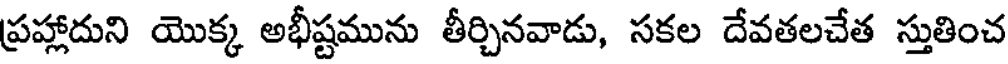
ప్రహ్లాదుని యొక్క అభీష్టమును తీర్చినవాడు, సకల దేవతలచేత స్తుతించ